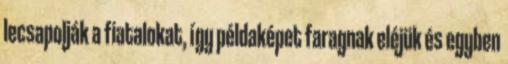
lecsapolják a fiatalokat, így példaképet faragnak eléjük és egyben